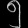
Digit: ၅